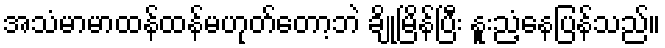
အသံမာမာထန်ထန်မဟုတ်တော့ဘဲ ချိုမြိန်ပြီး နူးညံ့နေပြန်သည်။